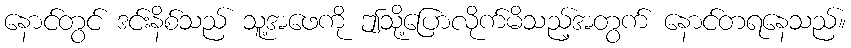
နောင်တွင် ဒင်းနိစ်သည် သူ့အဖေကို ဤသို့ပြောလိုက်မိသည့်အတွက် နောင်တရနေသည်။